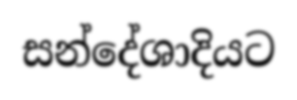
සන්දේශාදියට